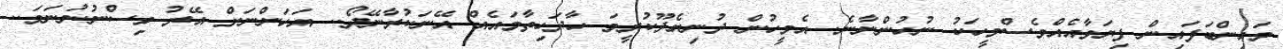
މައިންބަފައިން ފިޔަވާއެއްވެސްމީހަކު ނުހުންނާނެ. އެމީހުން ދުނިޔެދޫކުރީމަ ހާދަހިތާމައެއް އޭނަކުރާނޭދޯ.. އަހަންނަށް އޭރު ވިސްނުނުނަމަ..